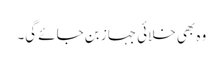
وہ بھی خلائی جہاز بن جائے گی۔